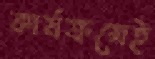
কার্যক্রমেই